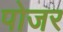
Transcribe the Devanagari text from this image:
पोजर